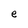
Character: e